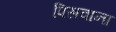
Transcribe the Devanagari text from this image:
पिसवाना